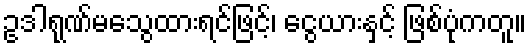
ဥဒါရုဏ်မသွေထားရင်ဖြင့်၊ ငွေယားနှင့် ဖြစ်ပုံကတူ။